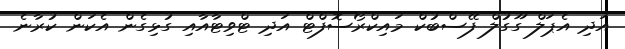
އަދި އެޕަލް ގޫގުލް ފޭސްބުކް މައިކްރޯސޮފްޓް އަދި ޓްވިޓާއާއި ގުޅިގެން އެކަން ކުރާނެ